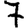
Digit: 7